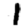
Digit: 1